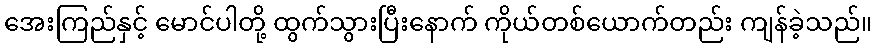
အေးကြည်နှင့် မောင်ပါတို့ ထွက်သွားပြီးနောက် ကိုယ်တစ်ယောက်တည်း ကျန်ခဲ့သည်။